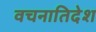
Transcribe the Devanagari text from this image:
वचनातिदेश